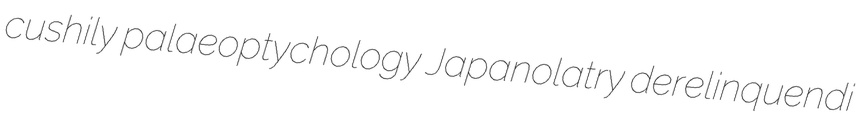
cushily palaeoptychology Japanolatry derelinquendi